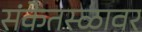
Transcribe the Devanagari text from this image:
संकेतस्ळावर